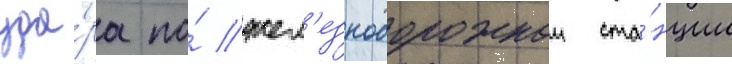
уда́ра по́ жел'езнодорожнои ста́нции